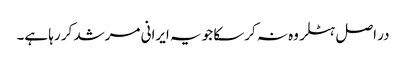
در اصل ہٹلر وه نہ کرسکا جو یہ ایرانی مرشد کر رہا ہے۔